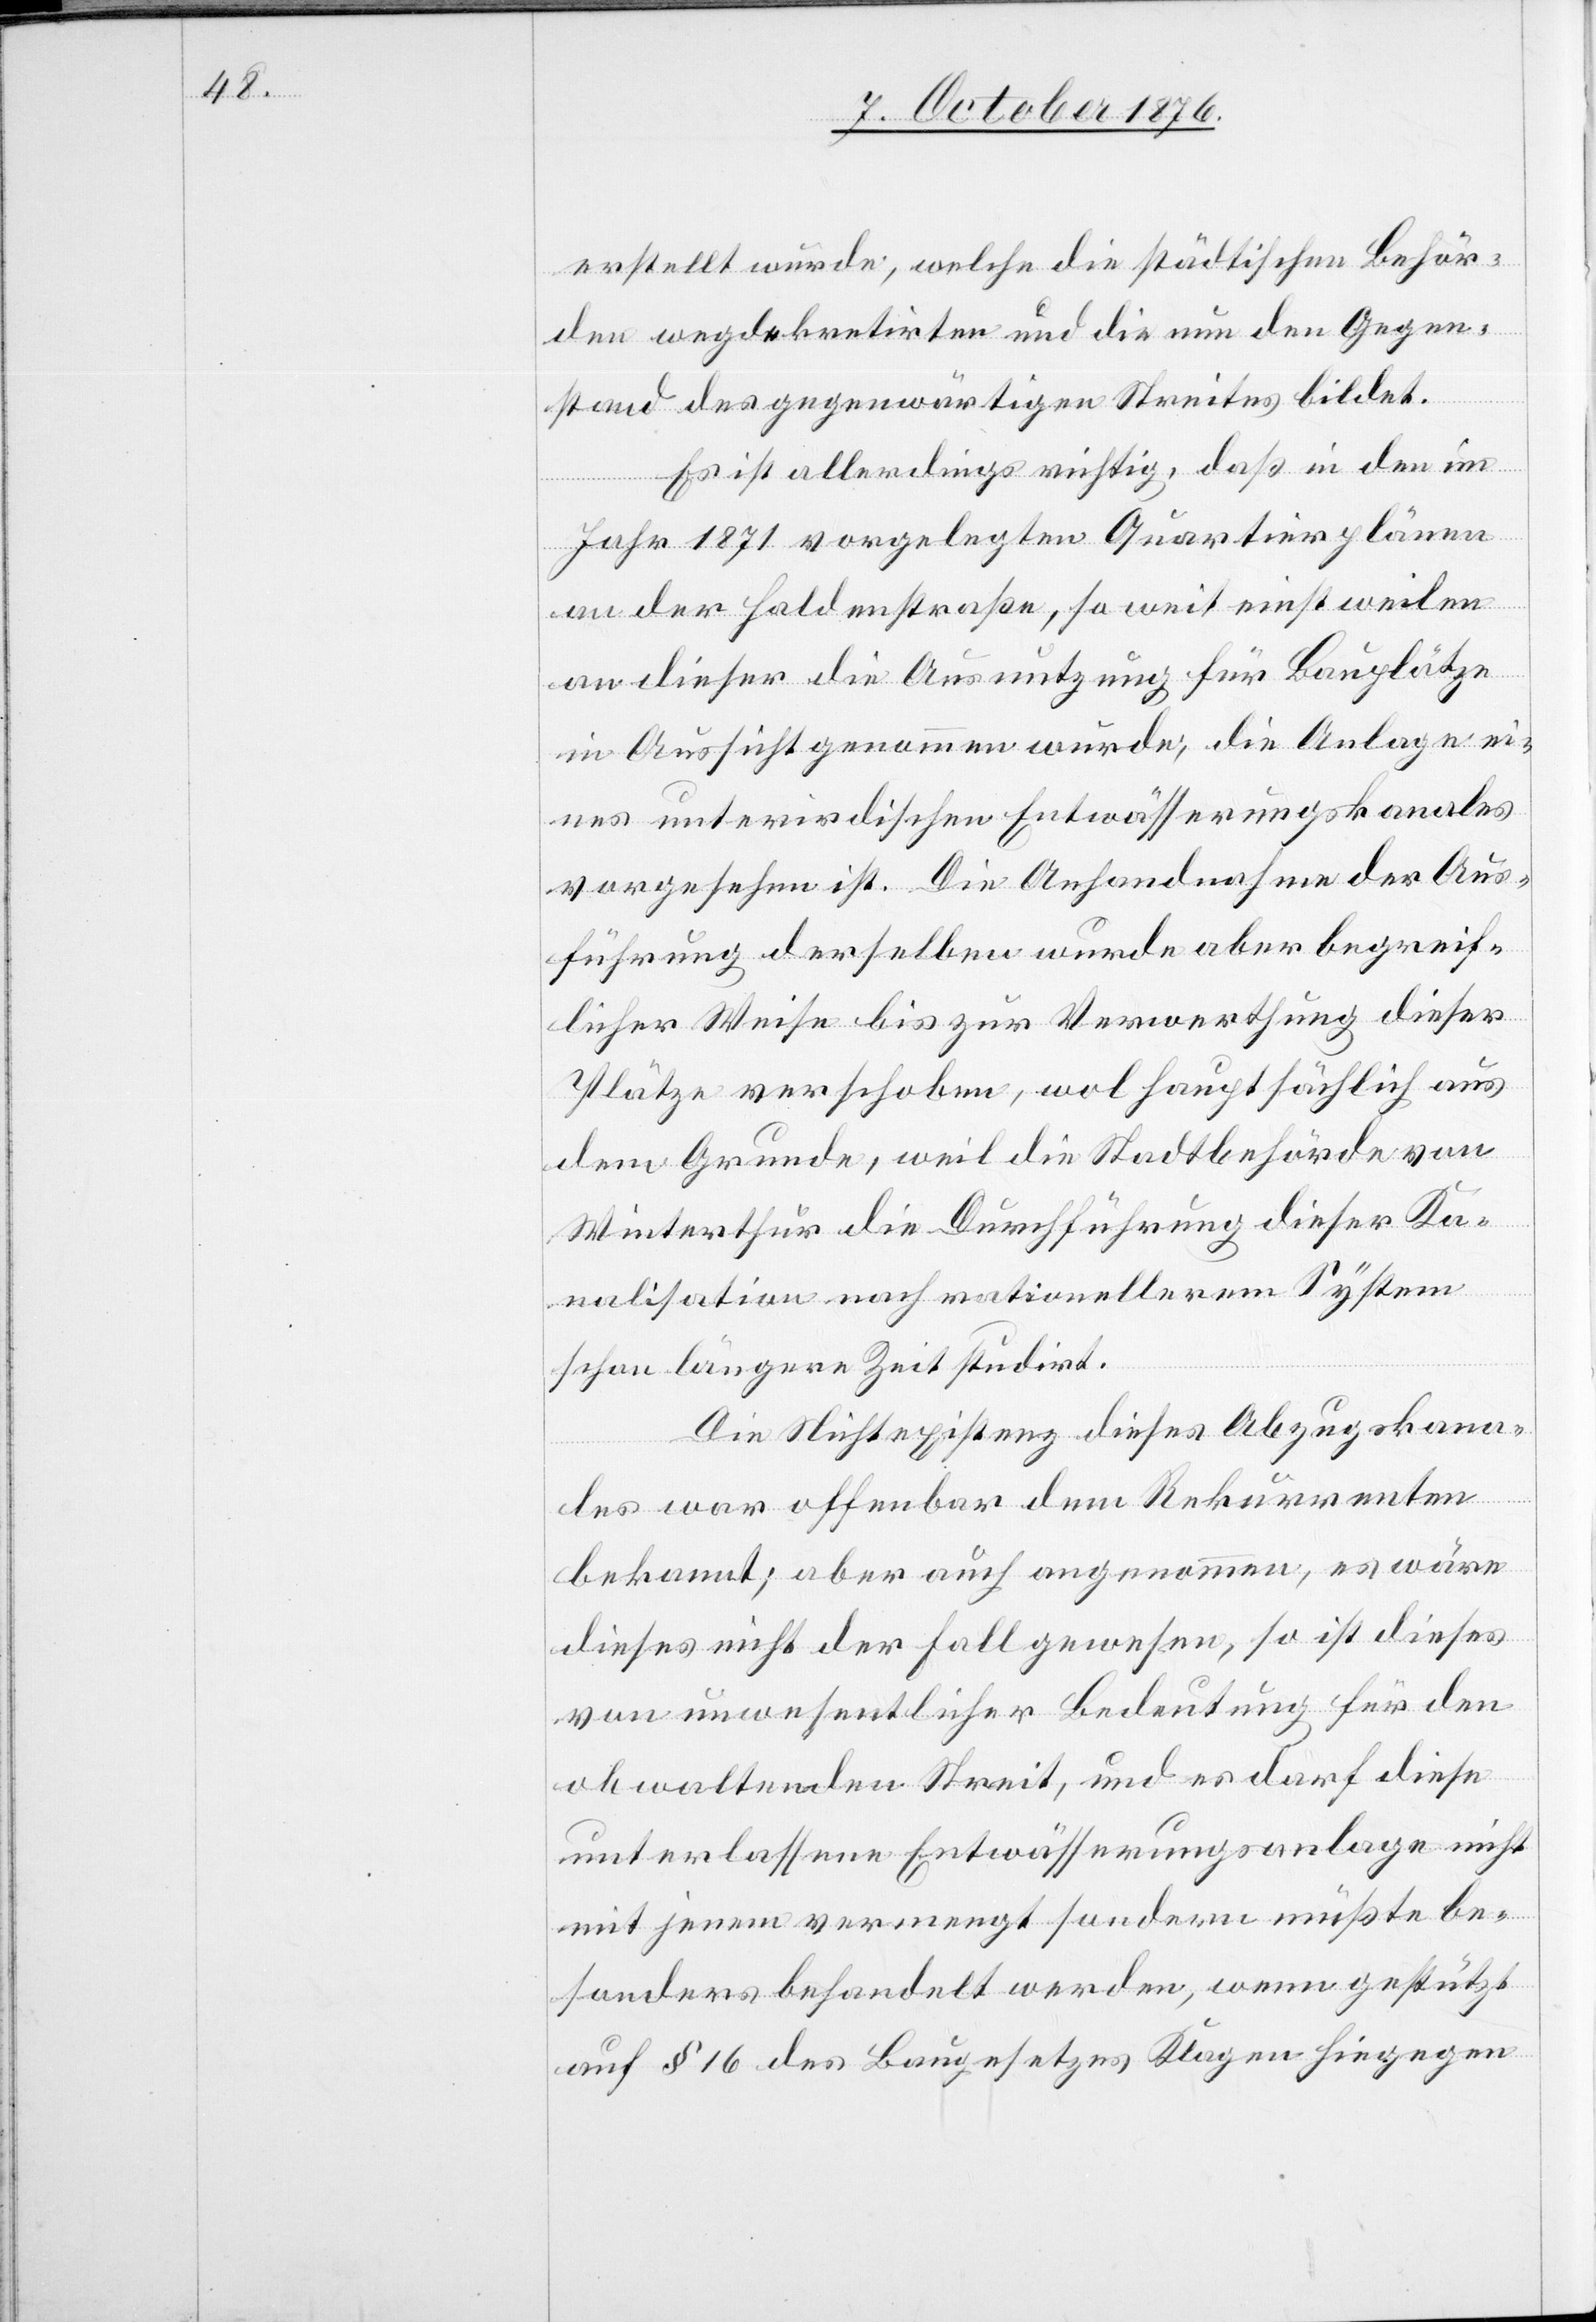
erstellt wurde, welche die städtischen Behör¬
den wegdekretirten und die nun den Gegen¬
stand des gegenwärtigen Streites bildet.
Es ist allerdings richtig, daß in den im
Jahr 1871 vorgelegten Quartierplänen
an der Haldenstraße, so weit einstweilen
an dieser die Ausnutzung für Bauplätze
in Aussicht genommen wurde, die Anlage ei¬
nes unterirdischen Entwässerungskanales
vorgesehen ist. Die Anhandnahme der Aus¬
führung derselben wurde aber begreif¬
licher Weise bis zur Verwerthung dieser
Plätze verschoben, wol hauptsächlich aus
dem Grunde, weil die Stadtbehörde von
Winterthur die Durchführung dieser Ka¬
nalisation nach rationellerem System
schon längere Zeit studirt.
Die Nichtexistenz dieses Abzugskana¬
les war offenbar dem Rekurrenten
bekannt; aber auch angenommen, es wäre
dieses nicht der Fall gewesen, so ist dieses
von unwesentlicher Bedeutung für den
obwaltenden Streit, und es darf diese
unterlassene Entwässerungsanlage nicht
mit jenem vermengt sondern müßte be¬
sonders behandelt werden, wenn gestützt
auf § 16 des Baugesetzes Klagen hiegegen